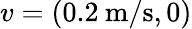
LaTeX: v=(0.2\: \mathrm{m/s},0)